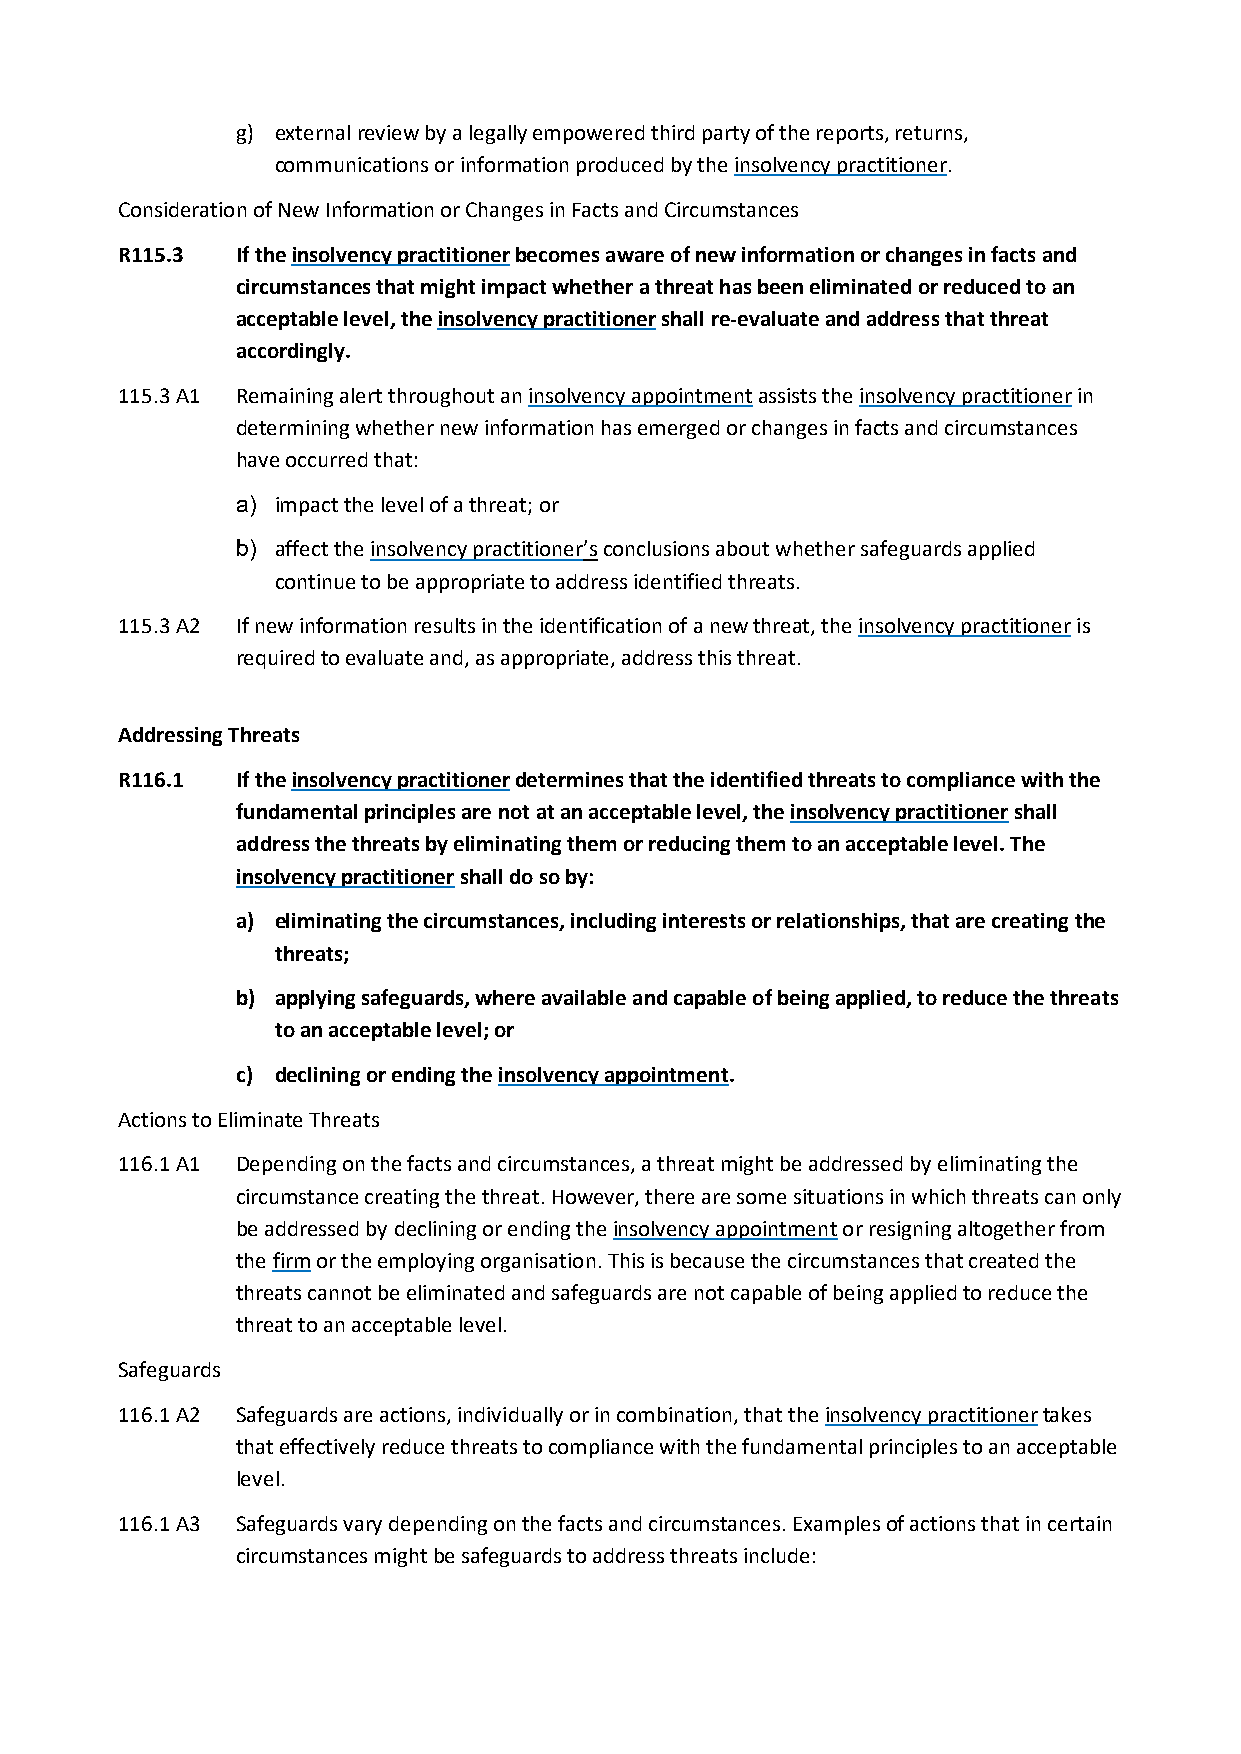
g) external review by a legally empowered third party of the reports, returns,
 communications or information produced by the insolvency practitioner.
 Consideration of New Information or Changes in Facts and Circumstances
 R115.3  If the insolvency practitioner becomes aware of new information or changes in facts and
 circumstances that might impact whether a threat has been eliminated or reduced to an
 acceptable level, the insolvency practitioner shall re-evaluate and address that threat
 accordingly.
 115.3 A1 Remaining alert throughout an insolvency appointment assists the insolvency practitioner in
 determining whether new information has emerged or changes in facts and circumstances
 have occurred that:
 a) impact the level of a threat; or
 b) affect the insolvency practitioner’s conclusions about whether safeguards applied
 continue to be appropriate to address identified threats.
 115.3 A2 If new information results in the identification of a new threat, the insolvency practitioner is
 required to evaluate and, as appropriate, address this threat.
 Addressing Threats
 R116.1  If the insolvency practitioner determines that the identified threats to compliance with the
 fundamental principles are not at an acceptable level, the insolvency practitioner shall
 address the threats by eliminating them or reducing them to an acceptable level. The
 insolvency practitioner shall do so by:
 a) eliminating the circumstances, including interests or relationships, that are creating the
 threats;
 b) applying safeguards, where available and capable of being applied, to reduce the threats
 to an acceptable level; or
 c) declining or ending the insolvency appointment.
 Actions to Eliminate Threats
 116.1 A1 Depending on the facts and circumstances, a threat might be addressed by eliminating the
 circumstance creating the threat. However, there are some situations in which threats can only
 be addressed by declining or ending the insolvency appointment or resigning altogether from
 the firm or the employing organisation. This is because the circumstances that created the
 threats cannot be eliminated and safeguards are not capable of being applied to reduce the
 threat to an acceptable level.
 Safeguards
 116.1 A2 Safeguards are actions, individually or in combination, that the insolvency practitioner takes
 that effectively reduce threats to compliance with the fundamental principles to an acceptable
 level.
 116.1 A3 Safeguards vary depending on the facts and circumstances. Examples of actions that in certain
 circumstances might be safeguards to address threats include: